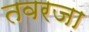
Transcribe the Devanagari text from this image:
तवरजा